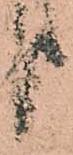
り